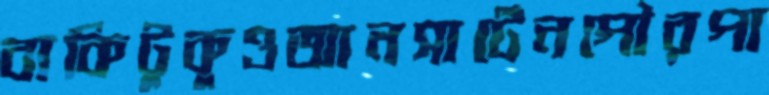
বাকিটুকুওআনসার্টেনপৌরপা